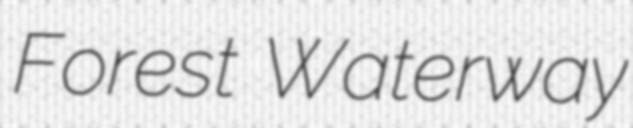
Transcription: Forest Waterway